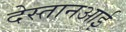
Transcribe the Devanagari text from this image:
देस्तानआई